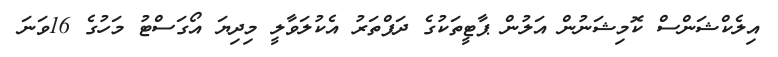
އިލެކްޝަންސް ކޮމިޝަނުން އަލުން ޕާޓީތަކުގެ ދަފްތަރު އެކުލަވާލީ މިދިޔަ އޯގަސްޓު މަހުގެ 16ވަނަ